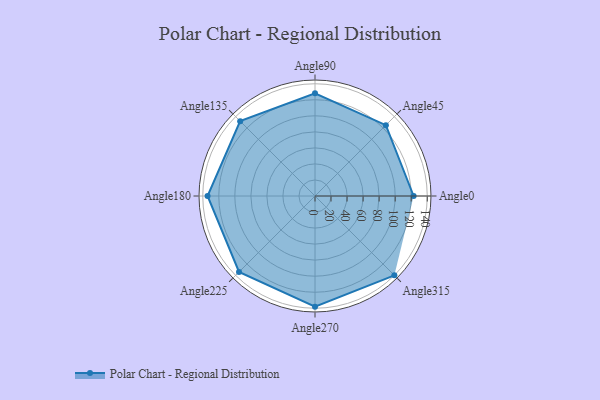
{"axis": {"x": "Angle", "y": "Radius"}, "legend": [""], "data": [{"x": "Angle0", "y": 123.0, "type": ""}, {"x": "Angle45", "y": 125.0, "type": ""}, {"x": "Angle90", "y": 128.0, "type": ""}, {"x": "Angle135", "y": 132.0, "type": ""}, {"x": "Angle180", "y": 134.0, "type": ""}, {"x": "Angle225", "y": 134.0, "type": ""}, {"x": "Angle270", "y": 138.0, "type": ""}, {"x": "Angle315", "y": 140.0, "type": ""}]}